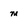
Character: m